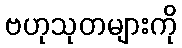
ဗဟုသုတများကို